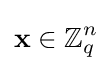
\mathbf {x} \in \mathbb {Z} _{q}^{n}